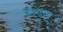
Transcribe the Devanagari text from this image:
शिशुता